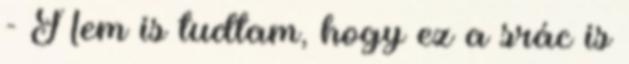
- Nem is tudtam, hogy ez a srác is